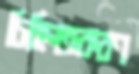
চিহ্নিতকরণ